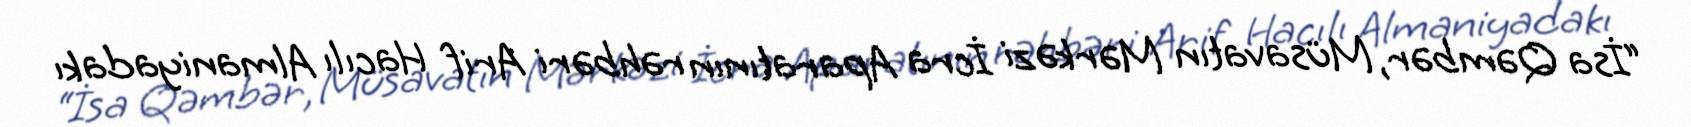
“İsa Qəmbər, Müsavatın Mərkəzi İcra Aparatının rəhbəri Arif Hacılı Almaniyadakı